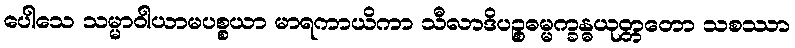
ပေါသေ သမ္မာဝါယာမပစ္စယာ မာရကာယိကာ သီလာဒိပဉ္စဓမ္မက္ခန္ဓယုတ္တတော သစဿာ